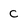
Character: c